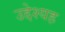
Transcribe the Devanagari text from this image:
उद्देश्यह